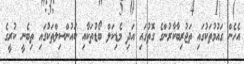
އެހެން ގައުމުތަކުގައި ތަޖުރިބާކާރުންގެ ގޮތުގައި އަދި މެޑިކަލް ބޯޑުތަކާއި ކައުންސިލްތަކުގައި ތިބެނީ ކުރީގެ